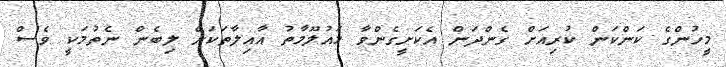
މީހުންގެ ކަންކަން ކުރިއަށް ގެންދަން އެކަށީގެންވާ މައުލޫމާތު އާއިލާތަކަށް ލިބެން ނެތުމަކީ ވެސް